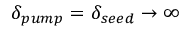
\delta _ { p u m p } = \delta _ { s e e d } \rightarrow \infty